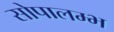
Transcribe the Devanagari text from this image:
सोपालम्भ